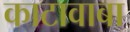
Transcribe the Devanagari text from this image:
काटावाबा